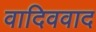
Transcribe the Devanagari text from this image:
वादिववाद